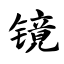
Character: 镜